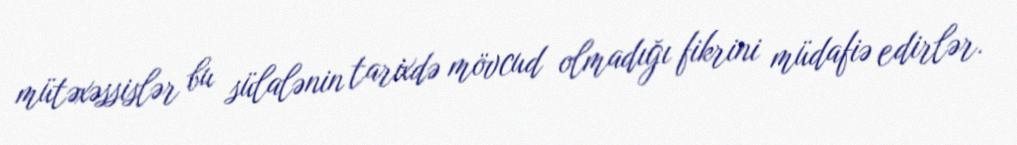
mütəxəssislər bu sülalənin tarixdə mövcud olmadığı fikrini müdafiə edirlər.